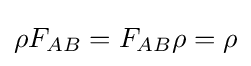
\rho F_{AB}=F_{AB}\rho =\rho